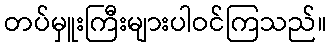
တပ်မှူးကြီးများပါဝင်ကြသည်။